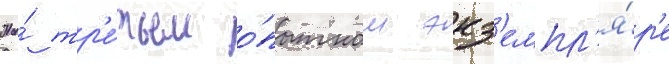
На́ тр'е́тьем о́пытном экз'емпл'я́р'е